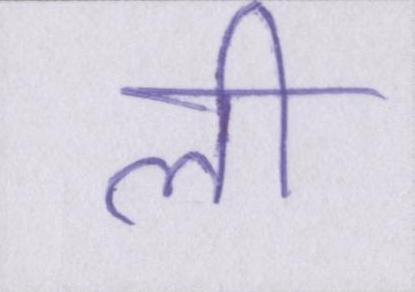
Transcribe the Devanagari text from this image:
ली